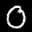
Label: 0